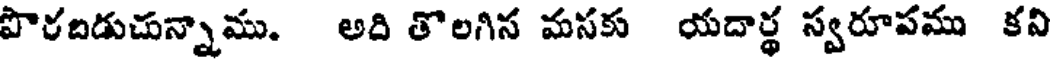
పొరదిడుచున్నాము. అది తొలగిస మసకు యదార్థ స్వరూపము కని